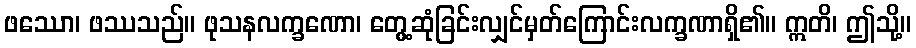
ဖဿော၊ ဖဿသည်။ ဖုသနလက္ခဏော၊ တွေ့ဆုံခြင်းလျှင်မှတ်ကြောင်းလက္ခဏာရှိ၏။ ဣတိ၊ ဤသို့။